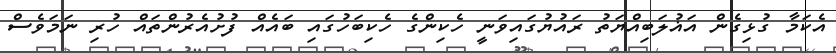
އެކަމާ ގުޅިގެން އަޣުލަބިއްޔަތު ރައުޔުގައިވަނީ ހެކިންގެ ހެކިބަހުގައި ބައެއް ފުށުއެރުންތައް ހުރި ނަމަވެސް